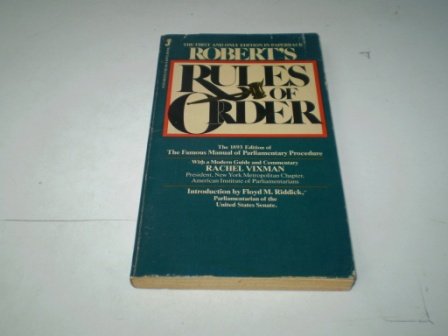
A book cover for Robert's Rules of Order; Henry M. Robert; Reference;